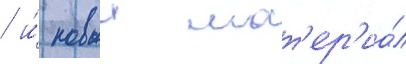
/ и́ новыи мат'ер'иа́л